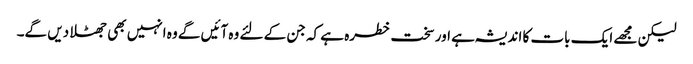
لیکن مجھے ایک بات کا اندیشہ ہے اور سخت خطرہ ہے کہ جن کے لئے وہ آئیں گے وہ انہیں بھی جھٹلا دیں گے۔